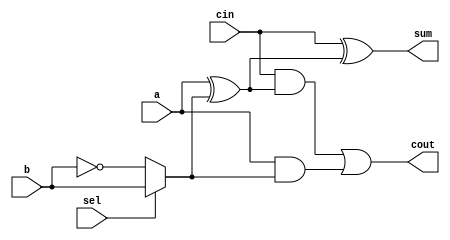
module d_addsub_mux(a,b,cin,sel,sum,cout);
    input a,b,cin,sel;
    output sum,cout;

    wire x1,x2,o1;
    wire w1;
    assign w = (sel == 1'b1)? b: ~b;
    assign x1 = a ^ w, x2 = a & w;
    assign sum = cin ^ x1, o1 = cin & x1;
    assign cout = o1 | x2;
endmodule